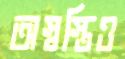
অস্বস্তিও